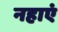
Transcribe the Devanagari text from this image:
नहाएं